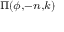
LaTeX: \scriptstyle { \Pi ( \phi , - n , k ) }